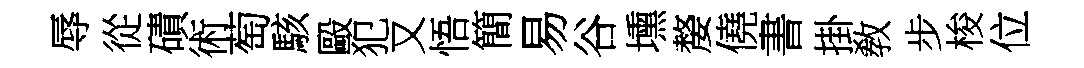
辱從磧術萄駭毆犯又悟簡易谷壎嫠僥書掛敎步梭位